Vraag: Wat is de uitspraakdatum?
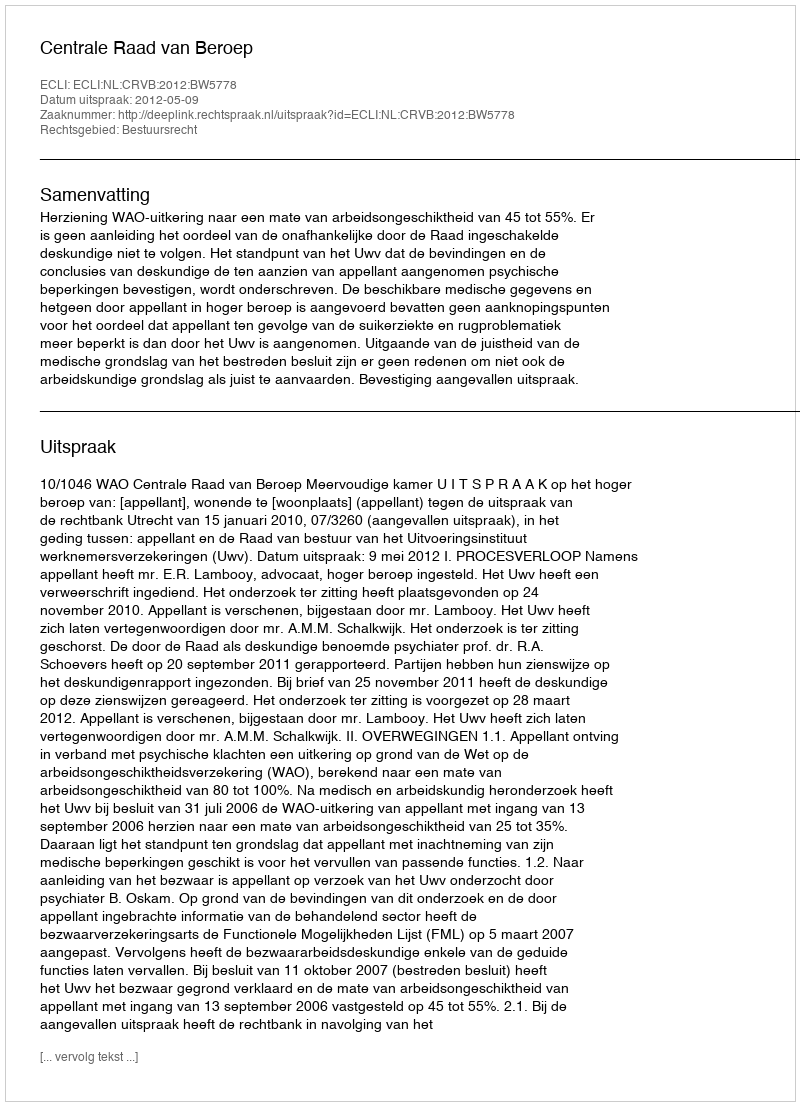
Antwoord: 2012-05-09